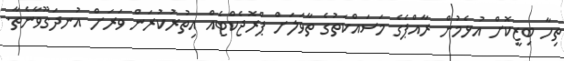
ތިހާ ބިޒީކޮށް އުޅެމުން ރާއްޕެގެ މަސައްކަތުގެ ތާވަލަށް ޕްރޮޖެކްޓެއް އިތުރުކުރަން ވަރަށް އުނދަގޫވާނެތާ.